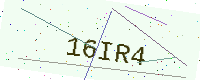
Text: 16IR4